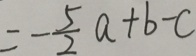
= - \frac { 5 } { 2 } a + b - c